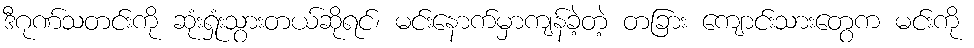
ဒီဂုဏ်သတင်းကို ဆုံးရှုံးသွားတယ်ဆိုရင်၊ မင်းနောက်မှာကျန်ခဲ့တဲ့ တခြား ကျောင်းသားတွေက မင်းကို